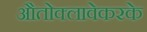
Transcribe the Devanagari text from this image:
औतोक्लावेकरके